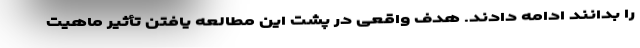
را بدانند ادامه دادند. هدف واقعی در پشت این مطالعه یافتن تأثیر ماهیت